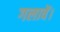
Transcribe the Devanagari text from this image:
गलावें।